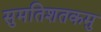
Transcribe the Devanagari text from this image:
सुमतिशतकमु